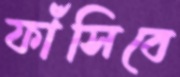
ফাঁসিবে